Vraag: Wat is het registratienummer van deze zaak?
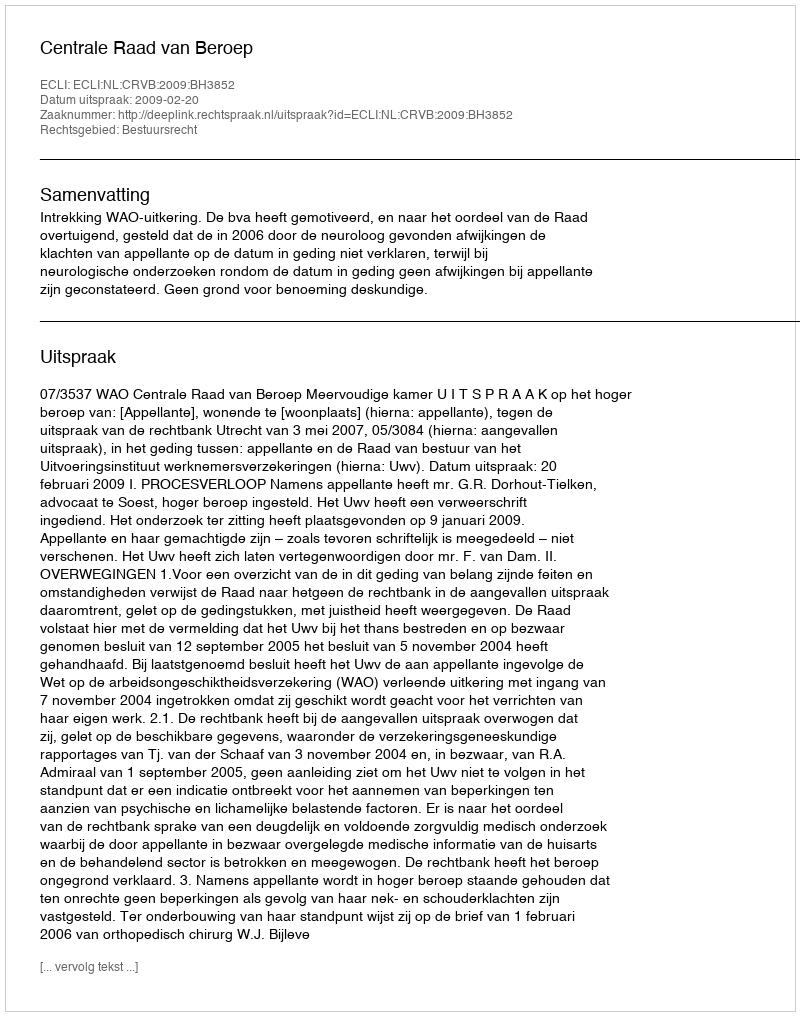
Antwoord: http://deeplink.rechtspraak.nl/uitspraak?id=ECLI:NL:CRVB:2009:BH3852